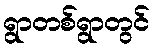
ရွာတစ်ရွာတွင်